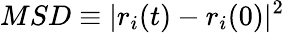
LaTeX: MSD\equiv|r_{i}(t)-r_{i}(0)|^{2}